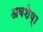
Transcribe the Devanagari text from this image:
अवशेष्‍ा